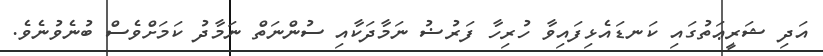
އަދި ޝަރީޢަތުގައި ކަނޑައެޅިފައިވާ ހުރިހާ ފަރުޟު ނަމާދަކާއި ސުންނަތް ނަމާދު ކަމަށްވެސް ބުނެވުނެވެ.